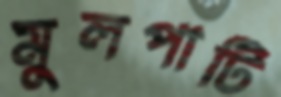
মুলপাটি